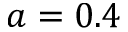
a = 0 . 4